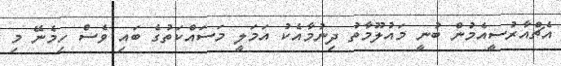
އެޗްއާރުސީއެމުން ބުނީ މައުލޫމާތު ދިނުމާއެކު އަމަލީ މަސައްކަތުގެ ބައި ވެސް ހިމެނޭ މި